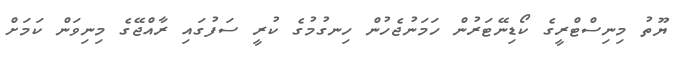
ޔޫތު މިނިސްޓްރީގެ ކޯޑިނޭޓަރުން ހަމަނުޖެހުން ހިނގުމުގެ ކުރީ ސަފުގައި ރާއްޖޭގެ މިނިވަން ކަމަށް